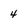
Character: 4